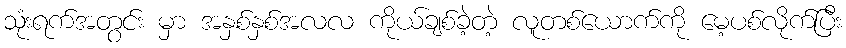
သုံးရက်အတွင်း မှာ အနှစ်နှစ်အလလ ကိုယ်ချစ်ခဲ့တဲ့ လူတစ်ယောက်ကို မေ့ပစ်လိုက်ပြီး